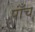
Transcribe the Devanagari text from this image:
पाँंच